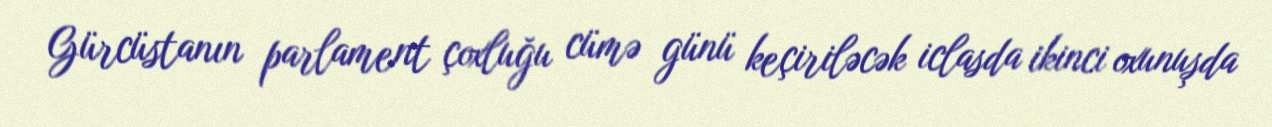
Gürcüstanın parlament çoxluğu cümə günü keçiriləcək iclasda ikinci oxunuşda